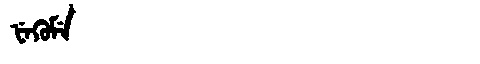
Manchu: ᡶᡝᡴᡠᠮᡝ
Romanization: FEKUME